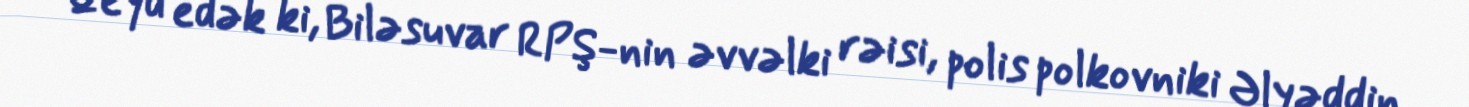
Qeyd edək ki, Biləsuvar RPŞ-nin əvvəlki rəisi, polis polkovniki Əlyəddin